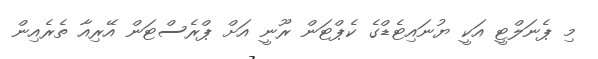
މި ޕެނަލްޓީ އަކީ ޔުނައިޓެޑްގެ ކެޕްޓަން ރޫނީ އަށް ޕްރެސްޓަން އޭރިއާ ތެރެއިން